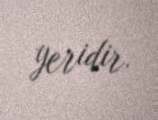
yeridir.